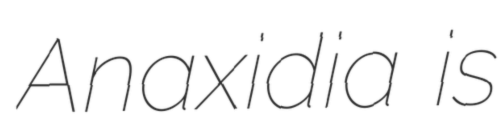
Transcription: Anaxidia is